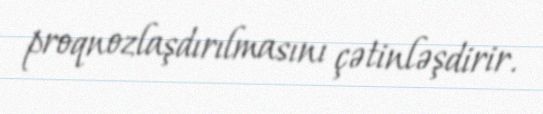
proqnozlaşdırılmasını çətinləşdirir.